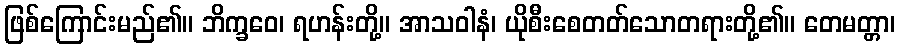
ဖြစ်ကြောင်းမည်၏။ ဘိက္ခဝေ၊ ရဟန်းတို့။ အာသဝါနံ၊ ယိုစီးစေတတ်သောတရားတို့၏။ တေမတ္တာ၊